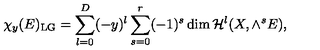
\chi _ { y } ( E ) _ { \mathrm { L G } } = \sum _ { l = 0 } ^ { D } ( - y ) ^ { l } \sum _ { s = 0 } ^ { r } ( - 1 ) ^ { s } \dim { \cal H } ^ { l } ( X , \wedge ^ { s } E ) ,